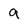
Character: 9